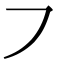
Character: ㇇